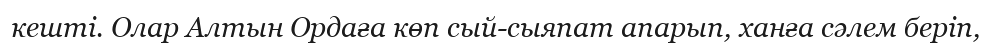
кешті. Олар Алтын Ордаға көп сый-сыяпат апарып, ханға сәлем беріп,